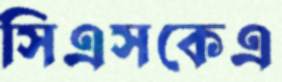
সিএসকেএ